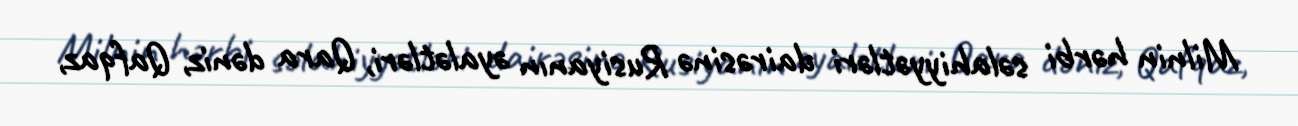
Milnin hərbi səlahiyyətləri dairəsinə Rusiyanın əyalətləri, Qara dəniz, Qafqaz,